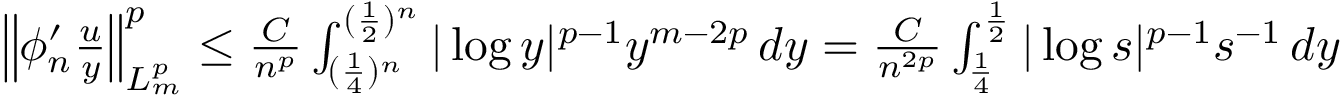
\begin{array} { r } { \left\| \phi _ { n } ^ { \prime } \frac { u } { y } \right\| _ { L _ { m } ^ { p } } ^ { p } \leq \frac { C } { n ^ { p } } \int _ { ( \frac 1 4 ) ^ { n } } ^ { ( \frac 1 2 ) ^ { n } } | \log y | ^ { p - 1 } y ^ { m - 2 p } \, d y = \frac { C } { n ^ { 2 p } } \int _ { \frac 1 4 } ^ { \frac 1 2 } | \log s | ^ { p - 1 } s ^ { - 1 } \, d y } \end{array}